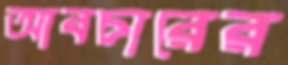
আবচারের